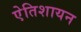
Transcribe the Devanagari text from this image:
एेतिशायन